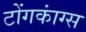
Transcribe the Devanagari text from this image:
टोंगकांग्स